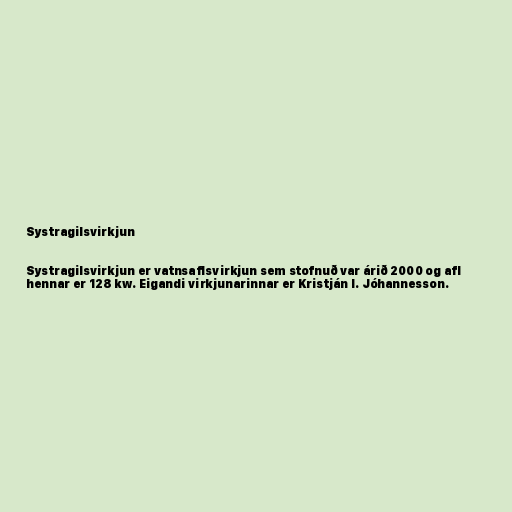
Systragilsvirkjun

Systragilsvirkjun er vatnsaflsvirkjun sem stofnuð var árið 2000 og afl
hennar er 128 kw. Eigandi virkjunarinnar er Kristján I. Jóhannesson.